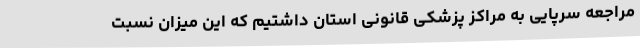
مراجعه سرپایی به مراکز پزشکی قانونی استان داشتیم که این میزان نسبت